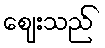
ဈေးသည်